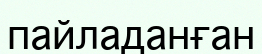
пайладанған